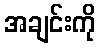
အချင်းကို